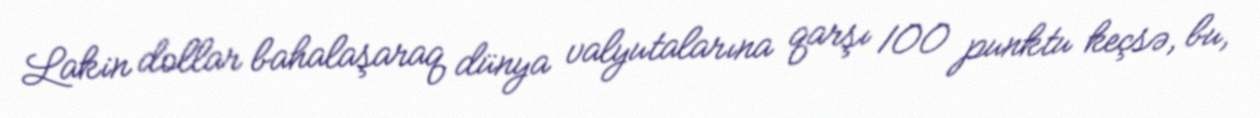
Lakin dollar bahalaşaraq dünya valyutalarına qarşı 100 punktu keçsə, bu,